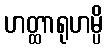
ဟတ္ထာရုဟမ္ပိ